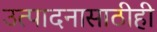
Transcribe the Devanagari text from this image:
उत्पादनासाठीही